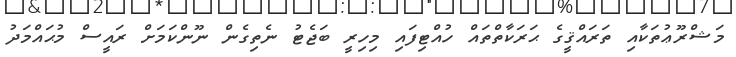
މަޝްރޫޢުތަކާއި ތަރައްޤީގެ ޙަރަކާތްތައް ހުއްޓިފައި މިހިރީ ބަޖެޓު ނެތިގެން ނޫންކަމަށް ރައީސް މުޙައްމަދު